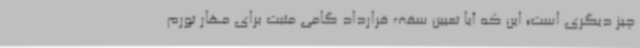
چیز دیگری است؛ این که آیا تعیین سقف قرارداد گامی مثبت برای مهار تورم